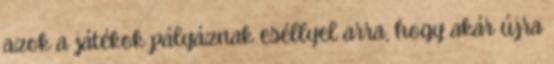
azok a játékok pályáznak eséllyel arra, hogy akár újra